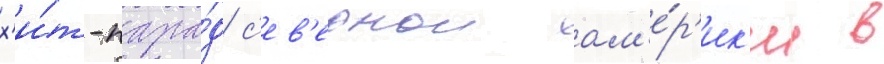
х'и́т-пара́д с'ев'ернои ам'е́р'ик'и в